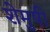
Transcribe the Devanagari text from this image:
शेमुषी